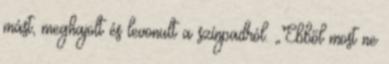
mást, meghajolt és levonult a színpadról. „Ebből most ne